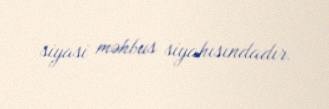
siyasi məhbus siyahısındadır.